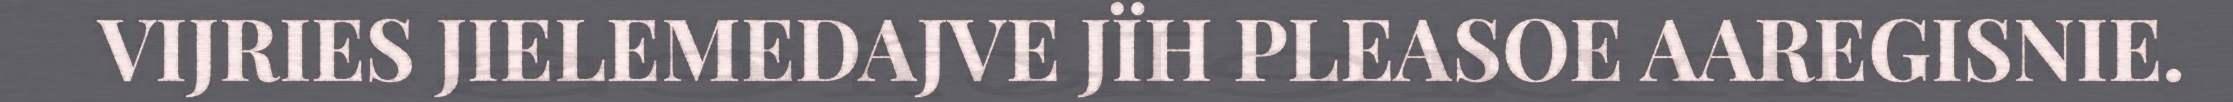
VIJRIES JIELEMEDAJVE JÏH PLEASOE AAREGISNIE.